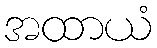
အထာယံ